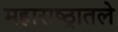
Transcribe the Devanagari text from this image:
महाराष्ठ्रातले